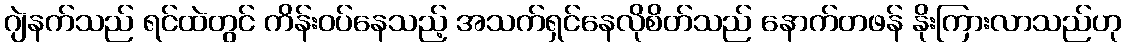
ဂျဲနက်သည် ရင်ထဲတွင် ကိန်းဝပ်နေသည့် အသက်ရှင်နေလိုစိတ်သည် နောက်တဖန် နိုးကြားလာသည်ဟု